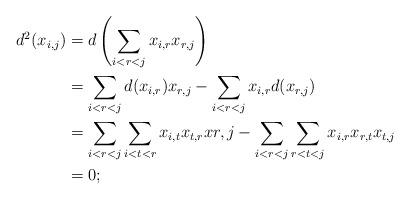
LaTeX: \begin{align*}d^2(x_{i,j}) &= d \left( \sum_{i<r<j} x_{i,r}x_{r,j} \right)\\ &= \sum_{i<r<j} d(x_{i,r})x_{r,j} - \sum_{i<r<j} x_{i,r}d(x_{r,j})\\ &= \sum_{i<r<j} \sum_{i<t<r} x_{i,t}x_{t,r}x{r,j} - \sum_{i<r<j} \sum_{r<t<j} x_{i,r}x_{r,t}x_{t,j}\\ &= 0;\end{align*}